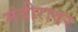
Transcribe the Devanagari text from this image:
मंदीरावर